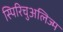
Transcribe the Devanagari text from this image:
स्पिरिचुअलिज्म